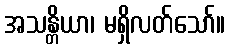
အသန္တိယာ၊ မရှိလတ်သော်။